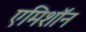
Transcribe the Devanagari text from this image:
एमिशॉन